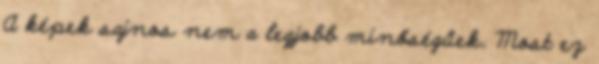
A képek sajnos nem a legjobb minőségűek. Most ez